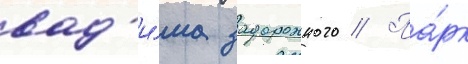
вад'и́ма задорожного // Па́рк